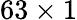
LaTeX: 63\times 1